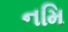
નમિ